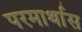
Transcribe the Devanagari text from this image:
परमार्थास